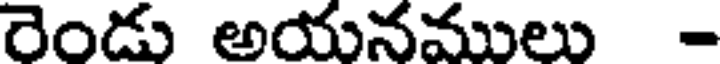
రెండు అయనములు -